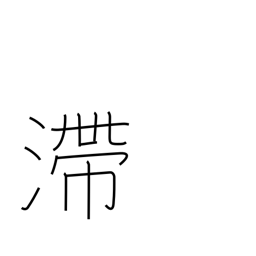
Meaning: stagnant